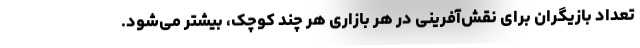
تعداد بازیگران برای نقش‌آفرینی در هر بازاری هر چند کوچک، بیشتر می‌شود.